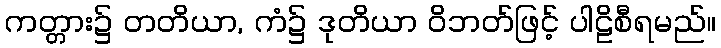
ကတ္တား၌ တတိယာ, ကံ၌ ဒုတိယာ ဝိဘတ်ဖြင့် ပါဠိစီရမည်။